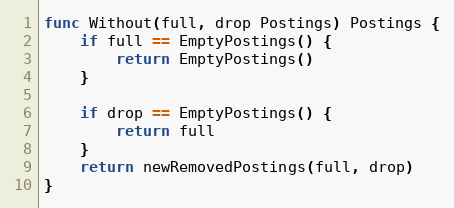
Language: Go
func Without(full, drop Postings) Postings {
	if full == EmptyPostings() {
		return EmptyPostings()
	}

	if drop == EmptyPostings() {
		return full
	}
	return newRemovedPostings(full, drop)
}